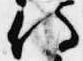
侍